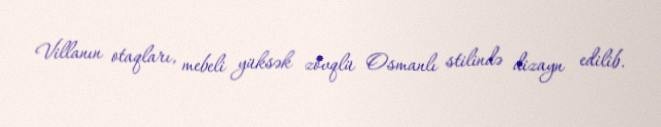
Villanın otaqları, mebeli yüksək zövqlü Osmanlı stilində dizayn edilib.